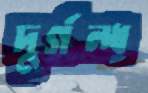
দুর্গন্ধ